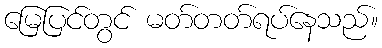
မြေပြင်တွင် မတ်တတ်ရပ်နေသည်။